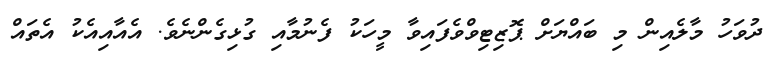
ދުވަހު މާލެއިން މި ބައްޔަށް ޕޮޒިޓިވްވެފައިވާ މީހަކު ފެނުމާއި ގުޅިގެންނެވެ. އެއާއިއެކު އެތައް